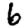
Digit: 6